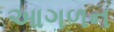
આગળન